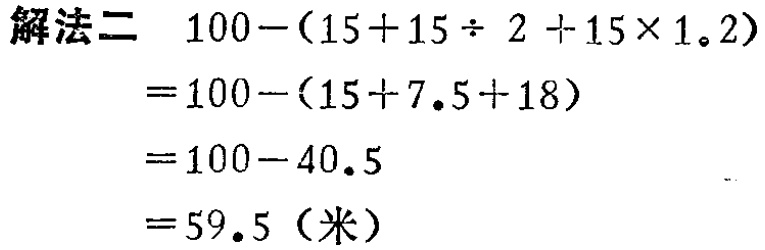
\[
\begin{align*}
&100-(15 + 15\div2+15\times1.2)\\
=&100-(15 + 7.5+18)\\
=&100 - 40.5\\
=&59.5(\text{米})
\end{align*}
\]